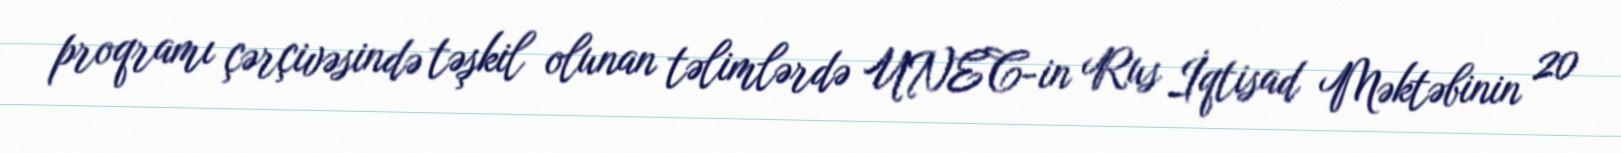
proqramı çərçivəsində təşkil olunan təlimlərdə UNEC-in Rus İqtisad Məktəbinin 20